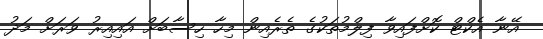
އޭނާ އެކްޓް ކޮށްފައިވާ ފިލްމުތަކުގެ ތެރެއިން މިހާ ހިސާބަށް އައިއިރު ވަރަށް މަދު